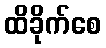
ထိခိုက်စေ